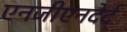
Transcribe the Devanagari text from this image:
एनजीएनदेर्द्